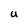
Character: U